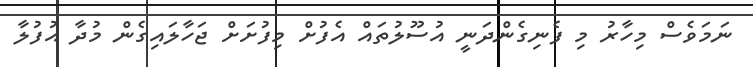
ނަމަވެސް މިހާރު މި ފެނިގެންދަނީ އުސޫލުތައް އެފުށް މިފުށަށް ޖަހާލައިގެން މުދާ އުފުލާ